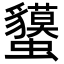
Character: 𧕤